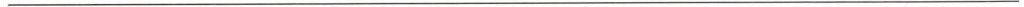
___